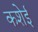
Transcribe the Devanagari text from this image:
कशेई